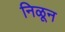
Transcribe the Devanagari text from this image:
निळून